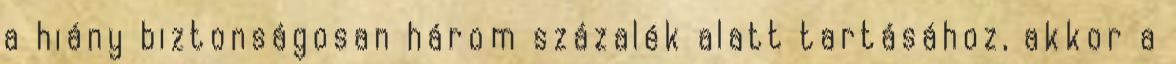
a hiány biztonságosan három százalék alatt tartásához, akkor a